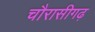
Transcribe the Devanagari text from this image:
चौरासीगढ़